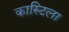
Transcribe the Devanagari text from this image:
कास्टिला